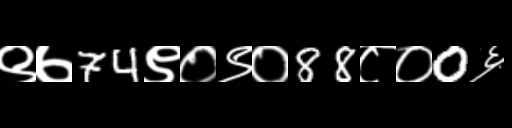
Text: ९७74९०९०88८०0६